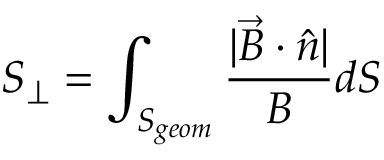
S _ { \perp } = \int _ { S _ { g e o m } } \frac { | \Vec { B } \cdot \hat { n } | } { B } d S